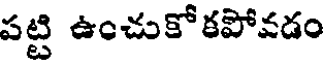
పట్టి ఉంచుకోకపోవడం